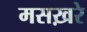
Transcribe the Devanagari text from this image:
मसख़रे